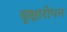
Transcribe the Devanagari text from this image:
वृक्षारोपन